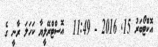
އޮކްޓޯބަރު 15